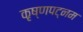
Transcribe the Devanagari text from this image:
कृष्णपट्नम